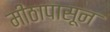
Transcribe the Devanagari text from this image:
मीठापासून